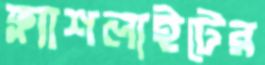
ফ্ল্যাশলাইটের